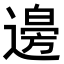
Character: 𮞾